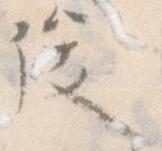
俊